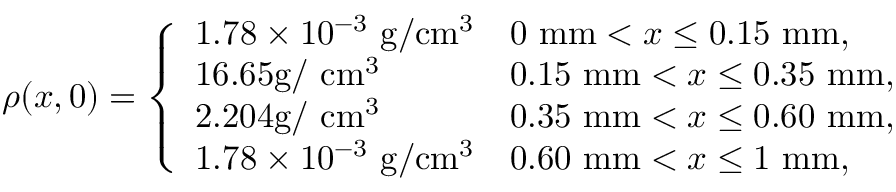
\rho ( x , 0 ) = \left\{ \begin{array} { l l } { 1 . 7 8 \times 1 0 ^ { - 3 } ~ \mathrm { g } / \mathrm { c m } ^ { 3 } } & { 0 ~ \mathrm { m m } < x \leq 0 . 1 5 ~ \mathrm { m m } , } \\ { 1 6 . 6 5 \mathrm { g } / ~ \mathrm { c m } ^ { 3 } } & { 0 . 1 5 ~ \mathrm { m m } < x \leq 0 . 3 5 ~ \mathrm { m m } , } \\ { 2 . 2 0 4 \mathrm { g } / ~ \mathrm { c m } ^ { 3 } } & { 0 . 3 5 ~ \mathrm { m m } < x \leq 0 . 6 0 ~ \mathrm { m m } , } \\ { 1 . 7 8 \times 1 0 ^ { - 3 } ~ \mathrm { g } / \mathrm { c m } ^ { 3 } } & { 0 . 6 0 ~ \mathrm { m m } < x \leq 1 ~ \mathrm { m m } , } \end{array} \right.